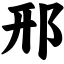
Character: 邢